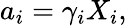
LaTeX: a_{i}=\gamma_{i}X_{i},